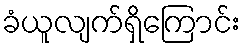
ခံယူလျက်ရှိကြောင်း